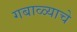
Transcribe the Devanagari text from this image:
गबाळ्याचे